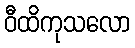
ဝီထိကုသလော